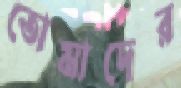
তোমাদের